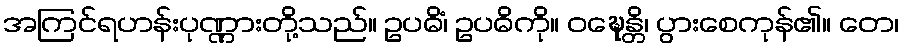
အကြင်ရဟန်းပုဏ္ဏားတို့သည်။ ဥပဓိံ၊ ဥပဓိကို။ ဝဍ္ဎေန္တိ၊ ပွားစေကုန်၏။ တေ၊